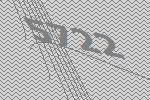
5722